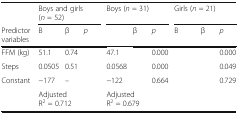
<table><thead><tr><td>[EMPTY_CELL]</td><td colspan="3"><b>Boys and girls (<i>n</i> = 52)</b></td><td colspan="3"><b>Boys (<i>n</i> = 31)</b></td><td colspan="3"><b>Girls (<i>n</i> = 21)</b></td></tr><tr><td><b>Predictor variables</b></td><td><b>B</b></td><td><b>β</b></td><td><b><i>p</i></b></td><td>[EMPTY_CELL]</td><td><b>β</b></td><td><b><i>p</i></b></td><td><b>B</b></td><td><b>β</b></td><td><b><i>p</i></b></td></tr></thead><tbody><tr><td>FFM (kg)</td><td>51.1</td><td>0.74</td><td>[EMPTY_CELL]</td><td>47.1</td><td>[EMPTY_CELL]</td><td>0.000</td><td>[EMPTY_CELL]</td><td>[EMPTY_CELL]</td><td>0.000</td></tr><tr><td>Steps</td><td>0.0505</td><td>0.51</td><td>[EMPTY_CELL]</td><td>0.0568</td><td>[EMPTY_CELL]</td><td>0.000</td><td>[EMPTY_CELL]</td><td>[EMPTY_CELL]</td><td>0.049</td></tr><tr><td>Constant</td><td>−177</td><td>–</td><td>[EMPTY_CELL]</td><td>−122</td><td>[EMPTY_CELL]</td><td>0.664</td><td>[EMPTY_CELL]</td><td>[EMPTY_CELL]</td><td>0.729</td></tr><tr><td>[EMPTY_CELL]</td><td colspan="3">Adjusted R<sup>2</sup> = 0.712</td><td colspan="3">Adjusted R<sup>2</sup> = 0.679</td><td colspan="3">[EMPTY_CELL]</td></tr></tbody></table>